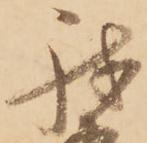
我